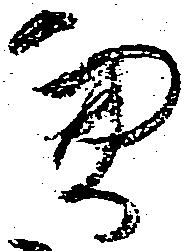
憑